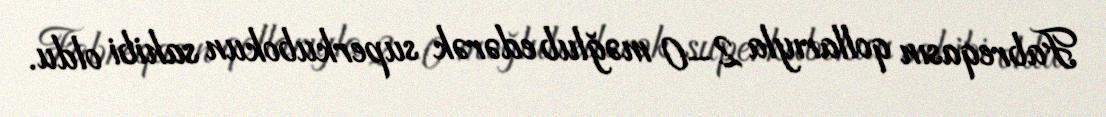
Fabreqasın qollarıyla 2–0 məğlub edərək superkubokun sahibi oldu.